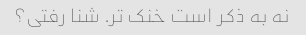
نه به ذکر است خنک تر. شنا رفتی؟